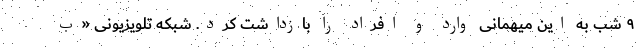
۹ شب به این میهمانی وارد و افراد را بازداشت کرد. شبکه تلویزیونی «ب